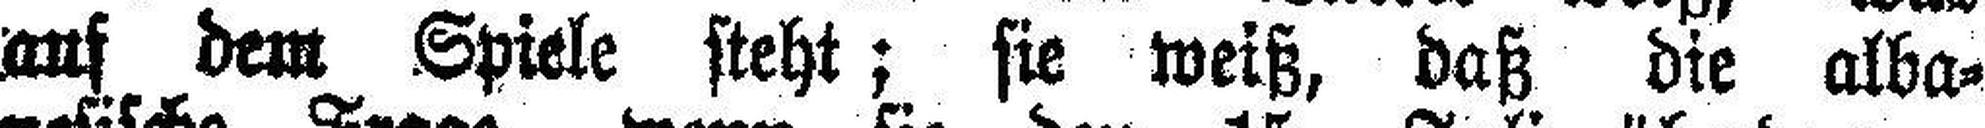
auf dem Spiele steht; sie weiß, daß die alba¬